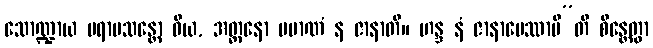
သောဏ္ဍာယ ပရာမသန္တော ဝိယ, အတ္တနော ပမာဏံ န ဇာနာတိ။ ဟန္ဒ နံ ဇာနာပေဿာမီ”တိ စိန္တေတွာ